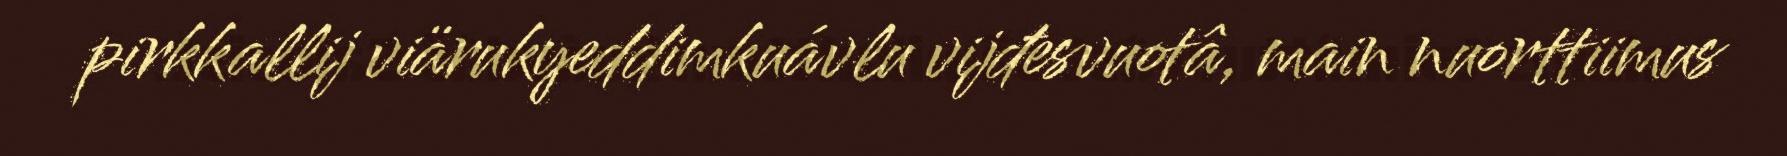
pirkkallij viärukyeddimkuávlu vijđesvuotâ, main nuorttiimus